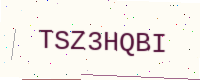
Text: TSZ3HQBI